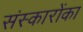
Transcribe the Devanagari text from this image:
संस्कारोंका